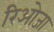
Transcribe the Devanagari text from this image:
रिओजा